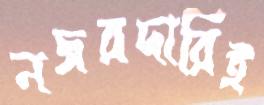
নজরদারিই